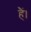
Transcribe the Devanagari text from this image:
हंै।